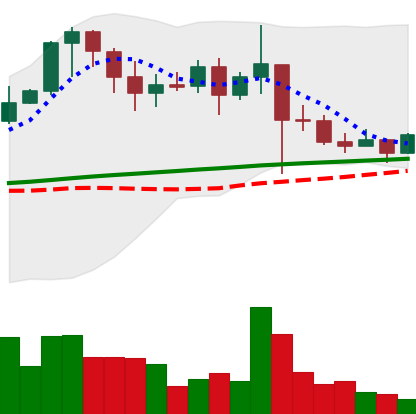
Ticker: XRP-USD
Chart end date: 2021-03-01
Forward return: 3.994%
Label: up_3_5